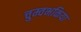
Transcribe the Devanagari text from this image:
चुम्वभकिया